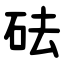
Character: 砝